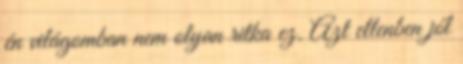
én világomban nem olyan ritka ez. Azt ellenben jól